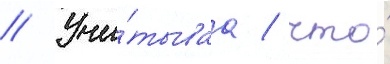
// Учи́тываа / что́